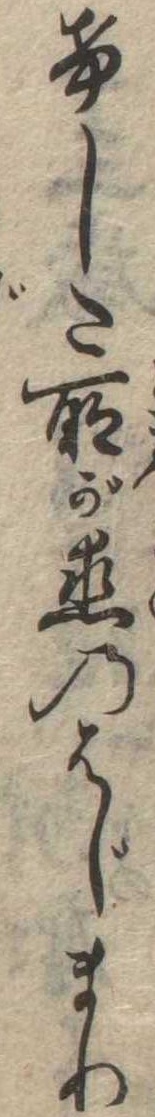
けした所が恋のはじまり